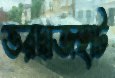
ভরদ্বাজহাট